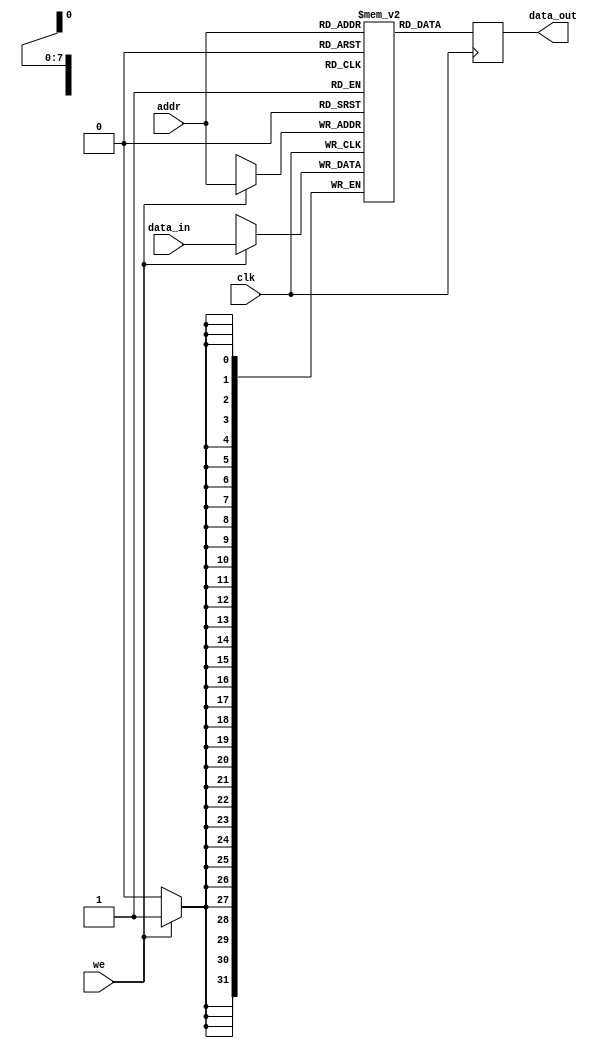
module memory_array (
    input wire clk,
    input wire we,             // Write enable
    input wire [ADDR_WIDTH-1:0] addr, // Address
    input wire [DATA_WIDTH-1:0] data_in, // Data input
    output reg [DATA_WIDTH-1:0] data_out // Data output
);
    parameter ADDR_WIDTH = 8;   // Address width
    parameter DATA_WIDTH = 32;   // Data width

    reg [DATA_WIDTH-1:0] mem [(1 << ADDR_WIDTH)-1:0]; // Memory array

    always @(posedge clk) begin
        if (we) begin
            mem[addr] <= data_in; // Write data to memory
        end
        data_out <= mem[addr];     // Read data from memory
    end
endmodule